Report on vaccination in Madras 1904-1921 - 1904-1921
Year: 1904
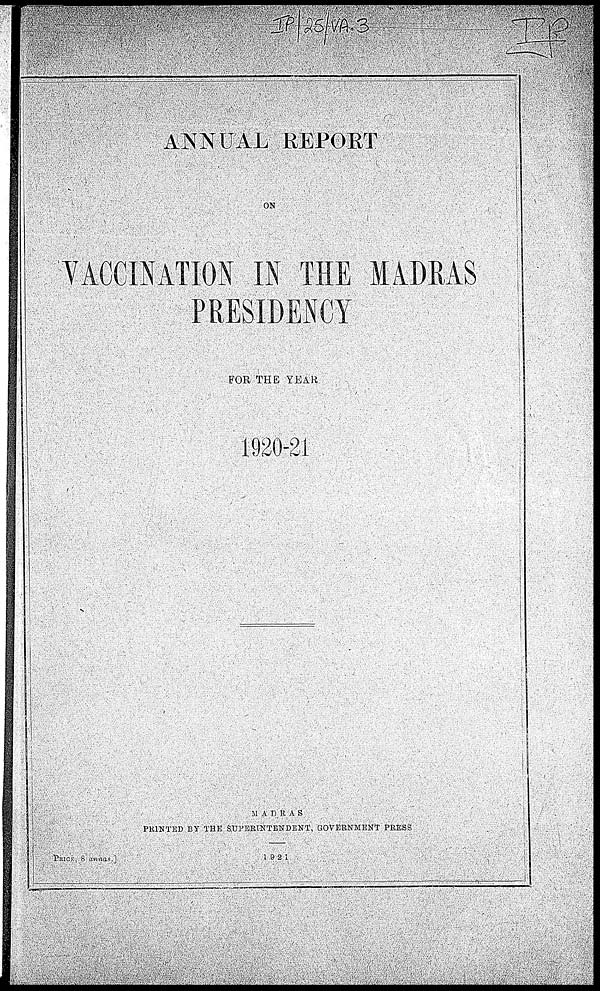
ANNUAL REPORT
ON
VACCINATION IN THE MADRAS
PRESIDENCY
FOR THE YEAR
1920-21
MADRAS
PRINTED BY THE SUPERINTENDENT, GOVERNMENT PRESS
PRICE, 8
annas.]
1921